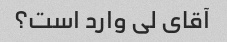
آقای لی وارد است؟